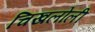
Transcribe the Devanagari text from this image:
चिखलोली